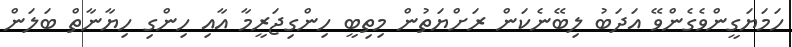
ހަމަޔަގީންވެގެންވޭ އަދަބު ލިބޭނެކަން ރަށްޔަތުން މިތިބީ ހިންގިޖަރީމާ އާއި ހިންގި ހިޔާނާތް ބަލަން